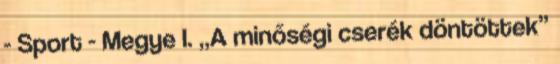
- Sport - Megye I. „A minőségi cserék döntöttek”